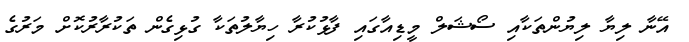
އޭނާ ލިޔާ ލިޔުންތަކާއި ސޯޝަލް މީޑިއާގައި ފާޅުކުރާ ހިޔާލުތަކާ ގުޅިގެން ތަކުރާރުކޮށް މަރުގެ